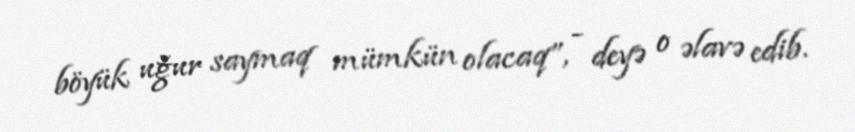
böyük uğur saymaq mümkün olacaq”, - deyə o əlavə edib.